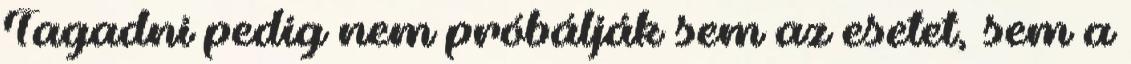
Tagadni pedig nem próbálják sem az esetet, sem a